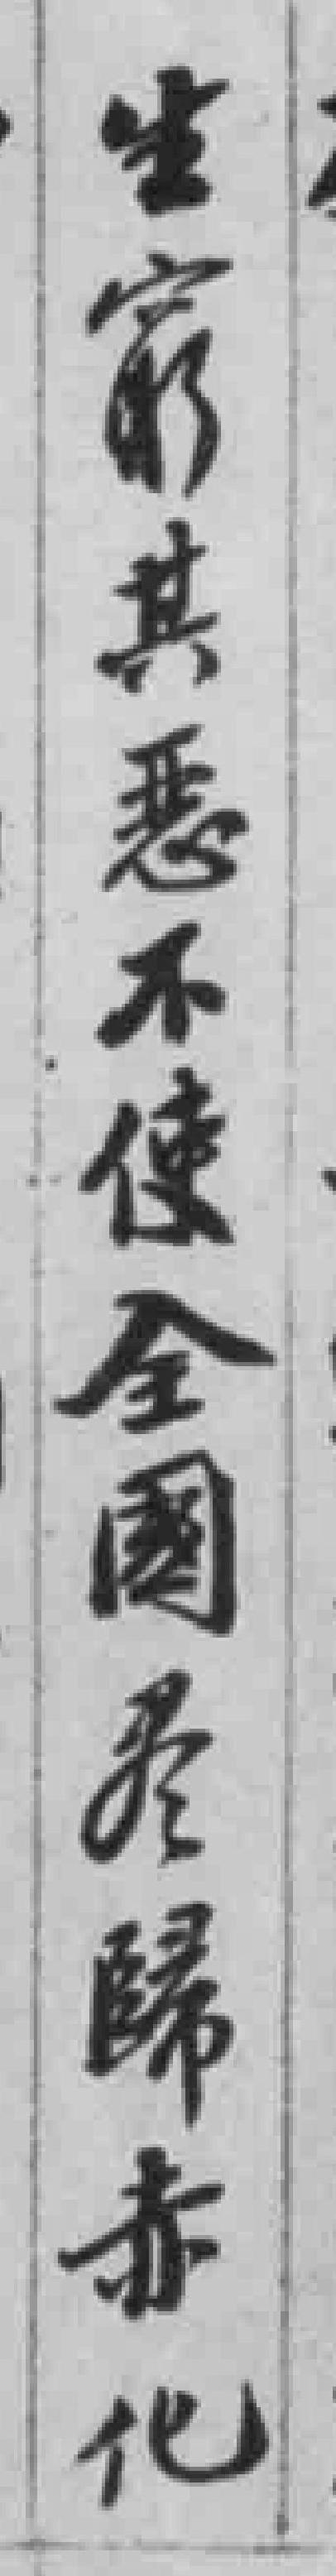
生窮其恶不使全國尽歸赤化